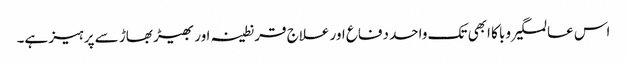
اس عالمگیر وبا کا ابھی تک واحد دفاع اور علاج قرنطینہ اور بھیڑ بھاڑ سے پرہیز ہے۔